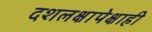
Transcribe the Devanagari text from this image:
दशलक्षापेक्षाही